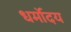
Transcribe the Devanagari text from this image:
धर्मोदय